Vaccination in Bombay 1902-1912 - 1902-1912
Year: 1902
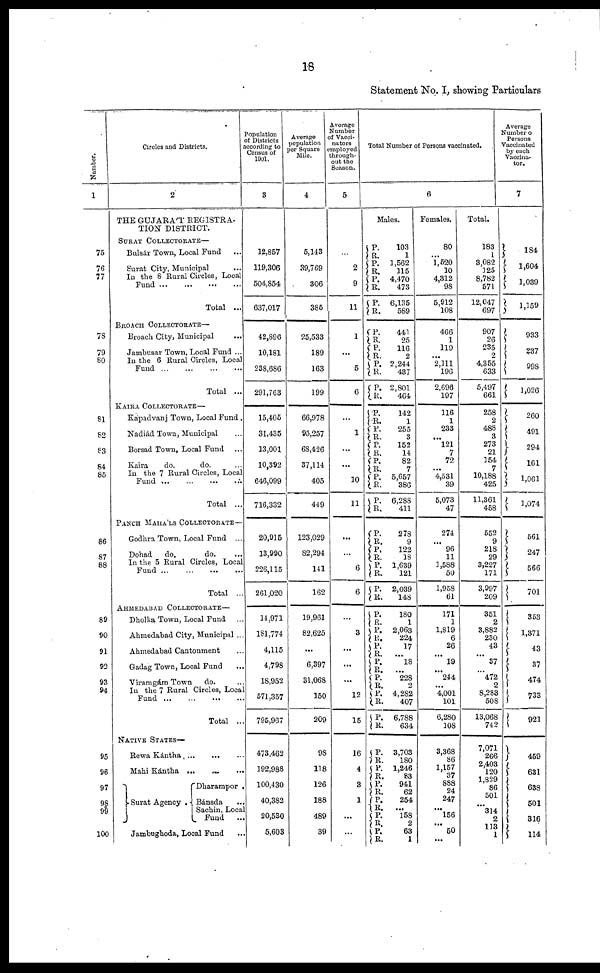
18
Statement No. I, showing Particulars
Number.
1
75
76
77
78
79
80
81
82
83
84
85
86
87
88
89
90
91
92
93
94
95
96
97
98
99
100
Circles and Districts.
2
THE GUJARÁT REGISTRA-
TION DISTRICT.
SURAT COLLECTORATE—
Bulsár Town, Local Fund ...
Surat City, Municipal
...
In the 8 Rural Circles, Local
Fund ... ... ... ...
Total ...
BROACH COLLECTORATE—
Broach City, Municipal ...
Jambusar Town, Local Fund ...
In the 6 Rural Circles, Local
Fund... ... ... ...
Total ...
KAIRA COLLECTORATE—
Kapadvanj Town, Local Fund .
Nadiád Town, Municipal ...
Borsad Town, Local Fund ...
Kaira
do.
do.
...
In the 7 Rural Circles, Local
Fund ... ... ... ...
Total ...
PANCH MAHÁLS COLLECTORATE—
Godhra Town, Local Fund ...
Dohad
do.
do. ...
In the 5 Rural Circles, Local
Fund
...
...
...
...
Total ...
AHMEDABAD COLLECTORATE—
Dholka Town, Local Fund ...
Ahmedabad City, Municipal ...
Ahmedabad Cantonment ...
Gadag Town, Local Fund ...
Viramgám Town
do.
...
In the 7 Rural Circles, Local
Fund ... ... ... ...
Total ...
NATIVE STATES—
Rewa Kántha
...
...
...
Mahi Kántha ... ... ...
Surat Agency .
Dharampor .
Bánsda
...
Sachin, Local
Fund ...
Jambughoda, Local Fund ...
Population
of Districts
according to
Census of
1901.
3
12,857
119,306
504,854
637,017
42,896
10,181
238,686
291,763
15,405
31,435
13,001
10,392
646,099
716,332
20,915
13,990
226,115
261,020
14,971
181,774
4,115
4,798
18,952
571,357
795,967
473,462
192,988
100,430
40,382
20,530
5,603
Average
population
per Square
Mile.
4
5,143
39,769
306
385
25,533
189
163
199
66,978
95,257
68,426
37,114
405
449
123,029
82,294
141
162
19,961
82,625
...
6,397
31,068
150
209
98
118
126
188
489
39
Average
Number
of Vacci¬
nators
employed
through-
out the
Season.
5
...
2
9
11
1
...
5
6
...
1
...
...
10
11
...
...
6
6
...
3
...
...
...
12
15
16
4
3
1
...
...
Total Number of Persons vaccinated.
6
Males.
P.
R.
P.
R.
P.
R.
P.
R.
103
1
1,562
115
4,470
473
6,135
589
P.
R.
P. R.
P.
R.
P.
R.
441
25
116
2
2,244
437
2,801
464
P.
R.
P.
R.
P. R.
P.
R.
P.
R.
P.
R.
142
1
255
3
152
14
82
7
5,657
386
6,288
411
P. R.
P.
R.
P.
R.
P.
R.
278
9
122
18
1,639
121
2,039
148
P.
R.
P.
R.
P.
R.
P.
R.
P.
R.
P.
R.
P.
R.
180
1
2,063
224
17
...
18
...
228
2
4,282
407
6,788
634
P.
R.
P.
R.
P.
R.
P.
R.
P.
R. P.
R.
3,703
180
1,246
83
941
62
254
...
158
2
63
1
Females.
80
...
1,520
10
4,312
98
5,912
108
466
1
119
...
2,111
196
2,696
197
116
1
233
...
121
7
72
... 4,531
39
5,073
47
274
... 96
11
1,588
50
1,958
61
171
1
1,819
6
26
...
19
...
244
...
4,001
101
6,280
108
3,368
86
1,157
37
888
24
247
... 156
...
50
...
Total.
183
1
3,082
125
8,782
571
12,047
697
907
26
235
2
4,355
633
5,497
661
258
2
488
3
273
21
154
7
10,188
425
11,361
458
552
9
218
29
3,227
171
3,997
209
351
2
3,882
230
43
...
37
...
472
2
8,283
508
13,068
742
7,071
266
2,403
120
1,829
86
501
314
314
2
113
1
Average
Number of
Persons
Vaccinated
by each
Vaccina¬
tor.
7
184
1,604
1,039
1,159
933
237
998
1,026
260
491
294
161
1,061
1,074
561
247
566
701
353
1,371
43
37
474
733
921
459
631
638
501
316
114